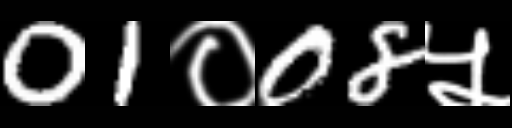
Text: 01०08५